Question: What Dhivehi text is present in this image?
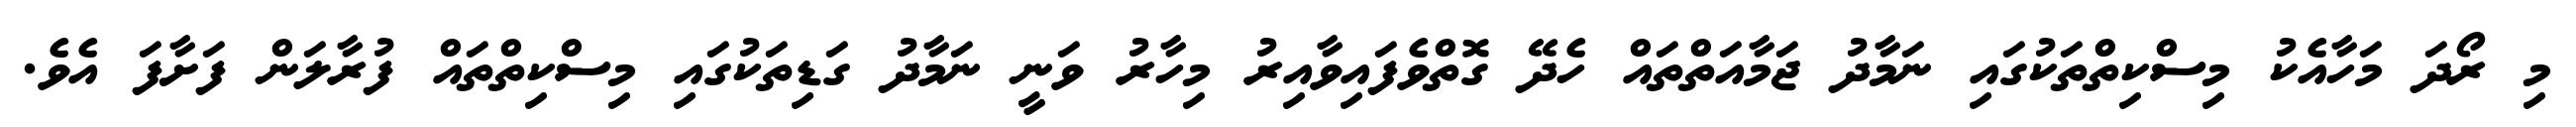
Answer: މި ރޯދަ މަހާއެކު މިސްކިތްތަކުގައި ނަމާދު ޖަމާއަތްތައް ހެދޭ ގޮތްވެފައިވާއިރު މިހާރު ވަނީ ނަމާދު ގަޑިތަކުގައި މިސްކިތްތައް ފުރާލަން ފަށާފަ އެވެ.